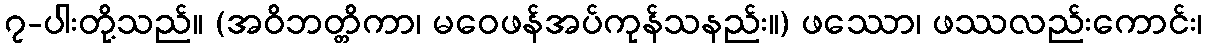
၇-ပါးတို့သည်။ (အဝိဘတ္တိကာ၊ မဝေဖန်အပ်ကုန်သနည်း။) ဖဿော၊ ဖဿလည်းကောင်း၊